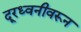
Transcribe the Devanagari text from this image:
दूरध्वनीवरून